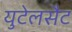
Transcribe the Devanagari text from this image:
युटेलसैट